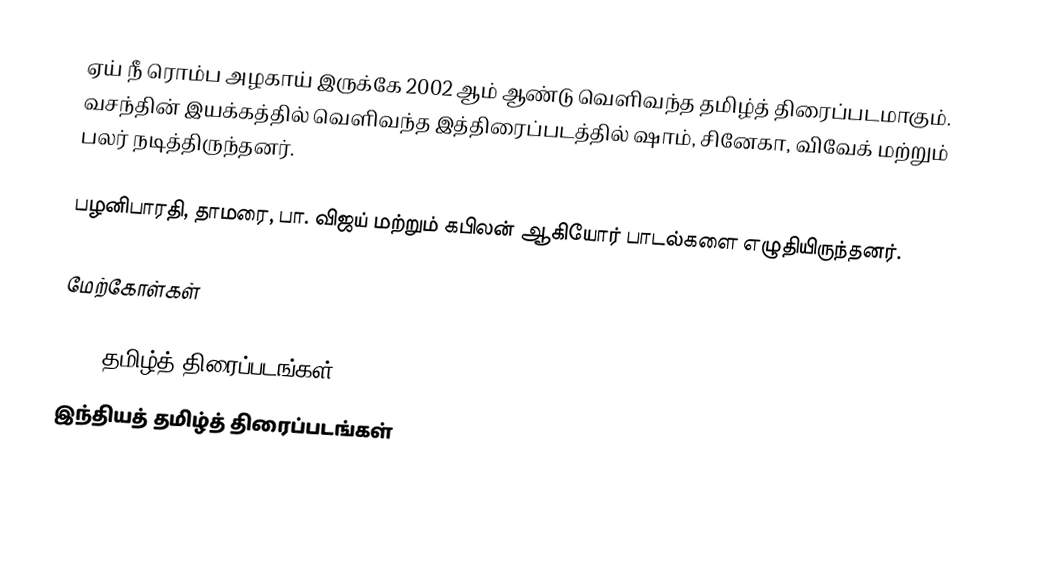
ஏய் நீ ரொம்ப அழகாய் இருக்கே 2002 ஆம் ஆண்டு வெளிவந்த தமிழ்த் திரைப்படமாகும். வசந்தின் இயக்கத்தில் வெளிவந்த இத்திரைப்படத்தில் ஷாம், சினேகா, விவேக் மற்றும் பலர் நடித்திருந்தனர்.

பழனிபாரதி, தாமரை, பா. விஜய் மற்றும் கபிலன் ஆகியோர் பாடல்களை எழுதியிருந்தனர்.

மேற்கோள்கள்

2002 தமிழ்த் திரைப்படங்கள்
இந்தியத் தமிழ்த் திரைப்படங்கள்